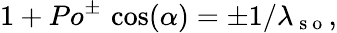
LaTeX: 1+Po^{\pm}\, \cos(\alpha)=\pm 1/\lambda_{\mathrm{~s~o~}},